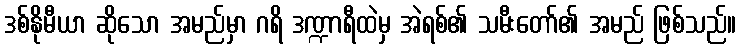
ဒစ်နိုမီယာ ဆိုသော အမည်မှာ ဂရိ ဒဏ္ဍာရီထဲမှ အဲရစ်၏ သမီးတော်၏ အမည် ဖြစ်သည်။